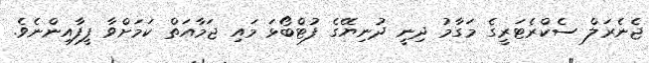
ޖެނެރަލް ސެކްރެޓަރީގެ މަގާމު ދިނީ ދުނިޔޭގެ ފުޓްބޯޅަ މައި ޖަމާއަތް ކަމަށްވާ ފީފާއިންނެވެ.